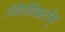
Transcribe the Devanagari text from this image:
विविधतेन्